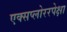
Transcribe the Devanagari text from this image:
एक्सप्लोररपेक्षा